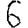
Digit: 6